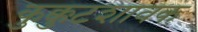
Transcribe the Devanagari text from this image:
कुक्कुटशावक